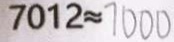
7 0 1 2 \approx 7 0 0 0